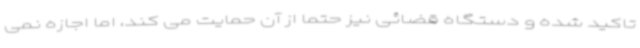
تاکید شده و دستگاه قضائی نیز حتما از آن حمایت می کند، اما اجازه نمی